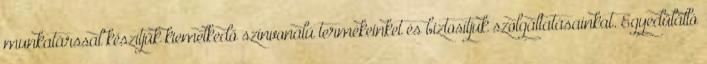
munkatárssal készítjük kiemelkedő színvonalú termékeinket és biztosítjuk szolgáltatásainkat. Egyedülálló